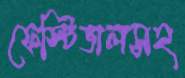
ফেস্টিভালসহ